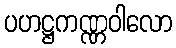
ပဟဋ္ဌကဏ္ဏဝါလော